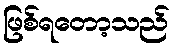
ဖြစ်ရတော့သည်